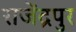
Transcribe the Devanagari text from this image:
राजेंद्रपुर